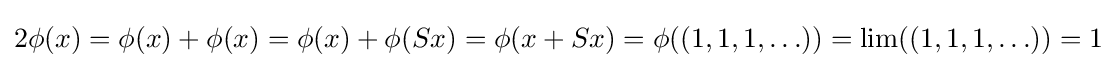
2\phi (x)=\phi (x)+\phi (x)=\phi (x)+\phi (Sx)=\phi (x+Sx)=\phi ((1,1,1,\ldots ))=\lim((1,1,1,\ldots ))=1